Paatsalu_vallavalitsus, lk 23
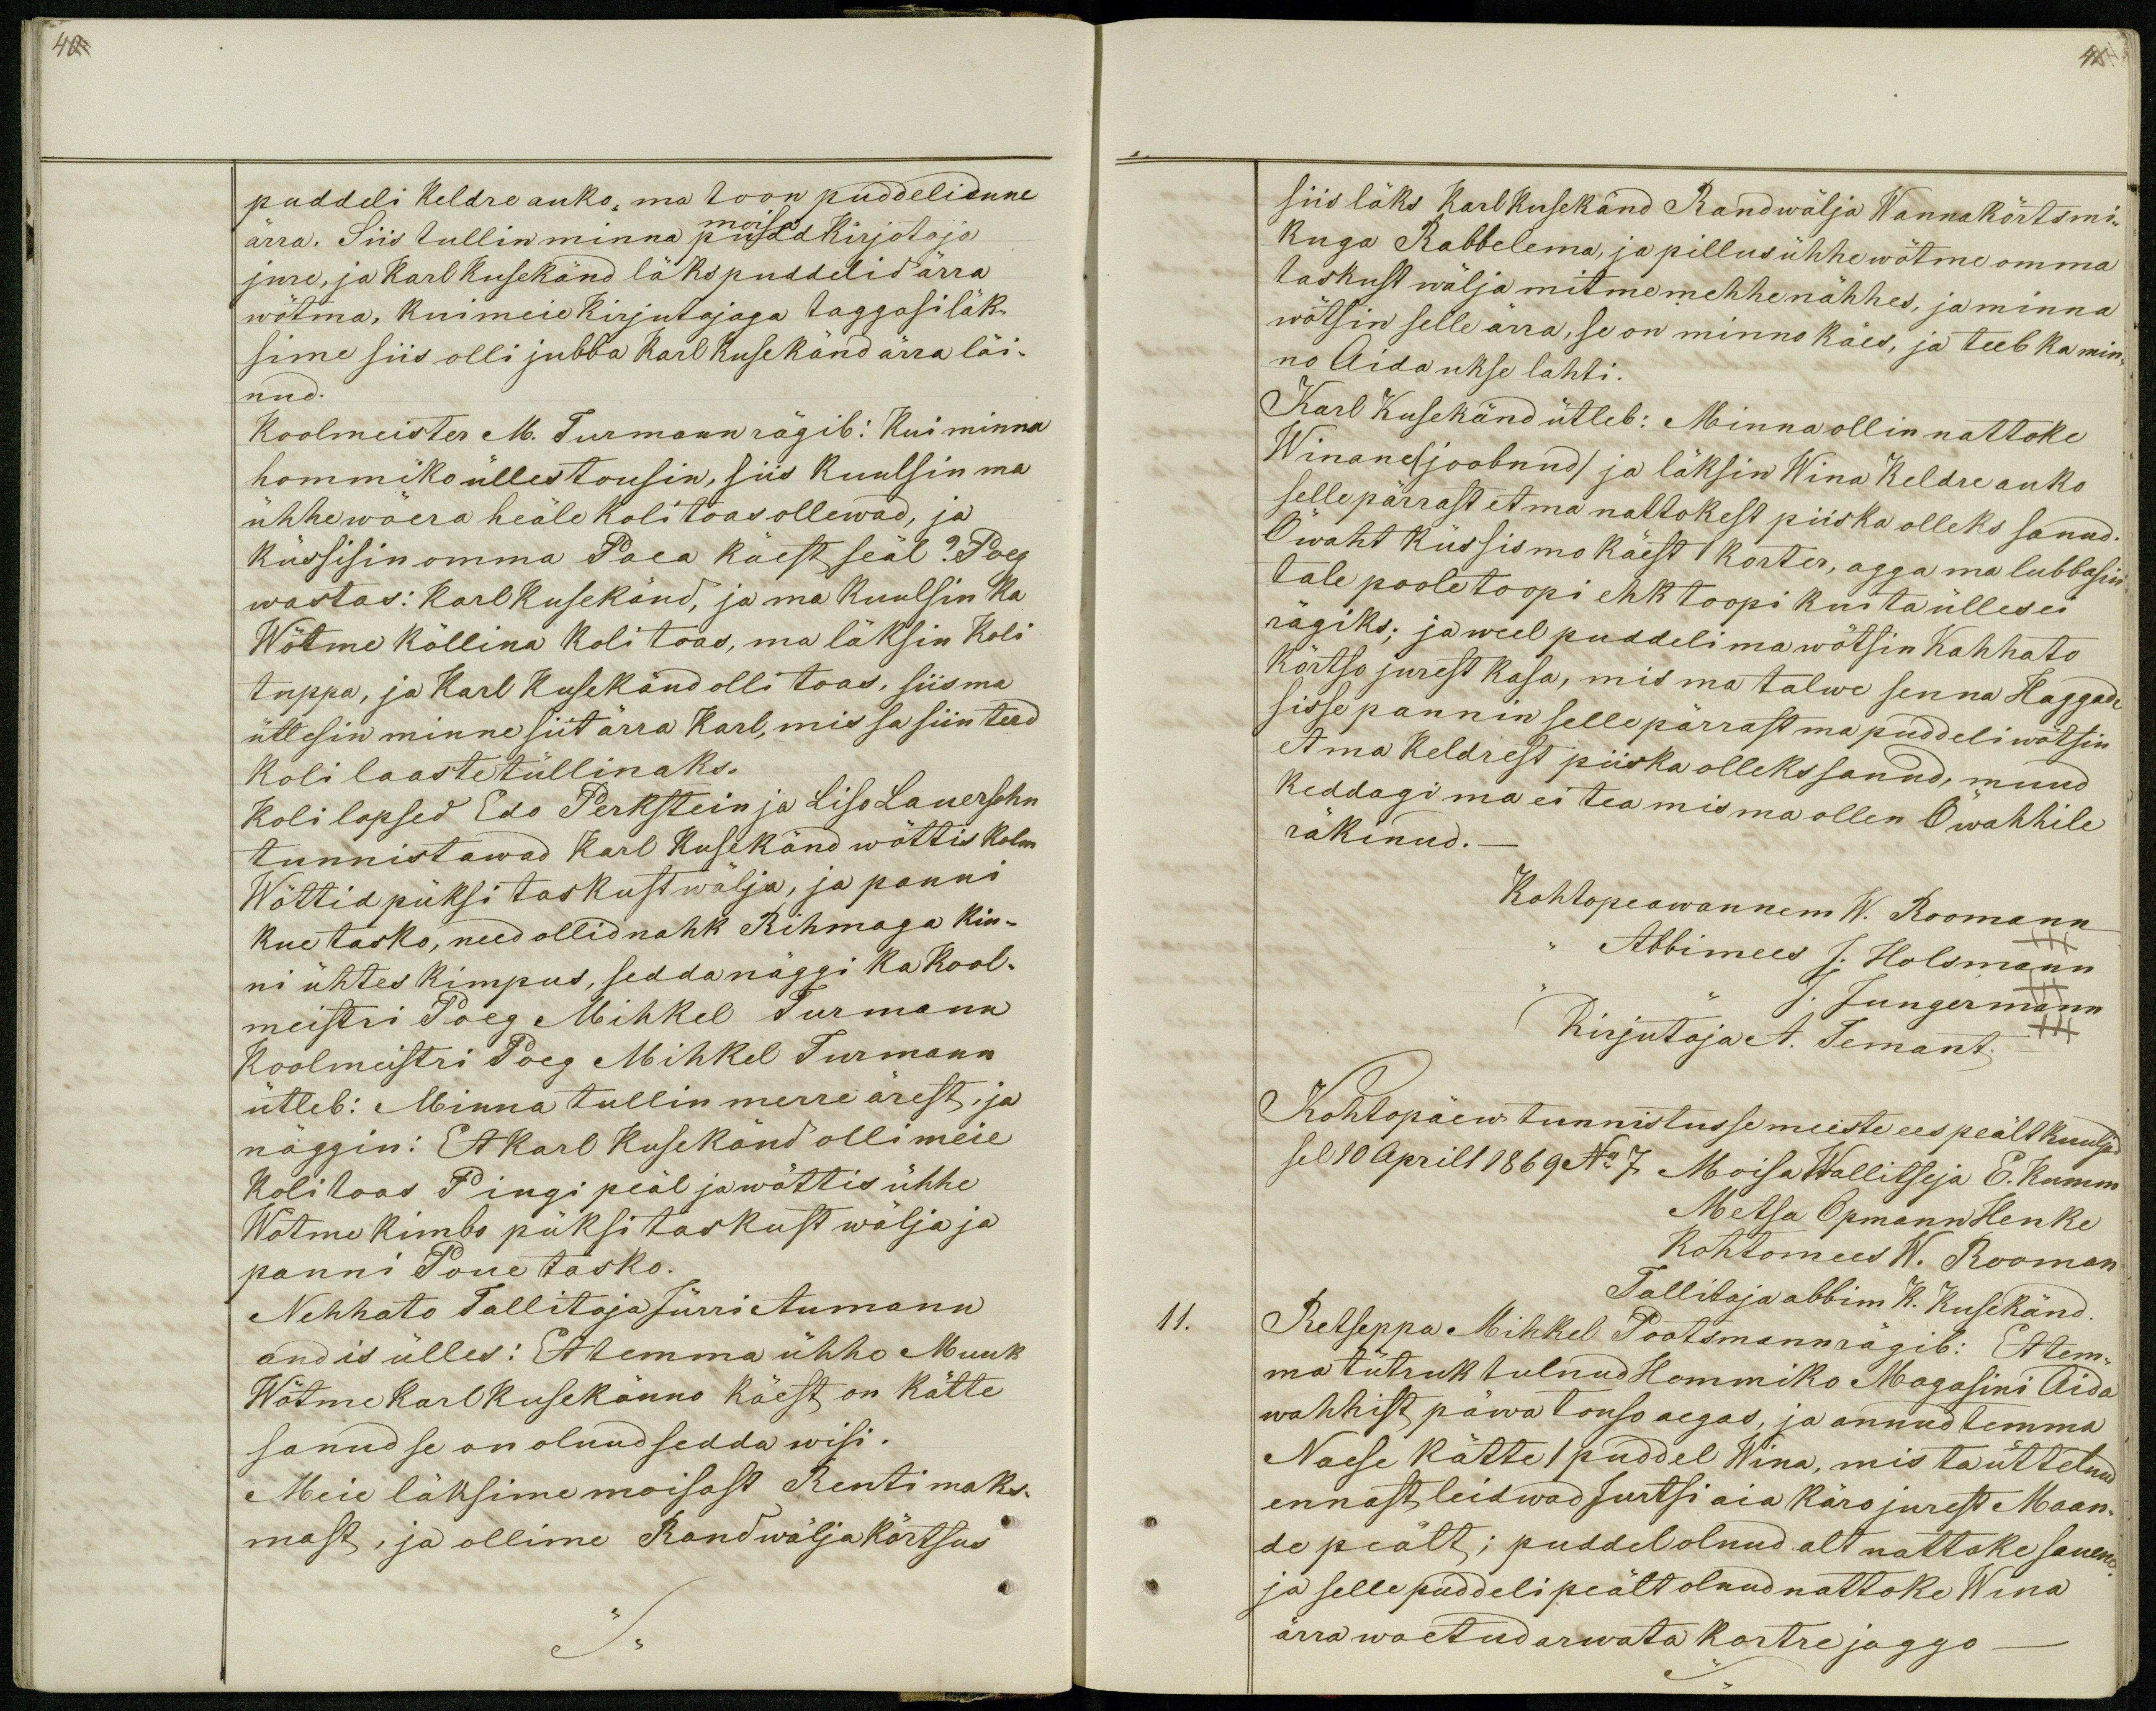
40

puddeli keldre auko, ma toon puddeli enne
moisa
ärra. Siis tullin minna pudd Kirjotaja
jure, ja Karl Kusekänd läks puddelid ärra
wõtma, kui meie Kirjutajaga taggasi läk-
sime siis olli jubba Karl Kusekand ärra läi-
nud.
Koolmeister M. Turmann rägib: Kui minna
hommiko ülles tousin, siis kuulsin ma
ühhe wõera heäle koli toas ollewad, ja
küssisin omma Poea käest seäl? Poeg
wastas: Karl Kusekänd, ja ma kuulsin ka
Wõtme kõllina koli toas, ma läksin Koli
tuppa, ja Karl Kusekänd olli toas, siis ma
ütlesin minne siit ärra Karl, mis sa siin teed
koli laaste tüllinaks.
Koli lapsed Edo Perkstein ja Liso Lauersohn
tunnistawad Karl Kusekänd wõttis kolm
Wõttid püksi taskust wälja, ja panni
kue tasko, need ollid nahk Rihmaga kin-
ni ühtes kimpus, sedda näggi ka Kool-
meistri Poeg Mihkel Turmann
Koolmeistri Poeg Mihkel Turmann
ütleb: Minna tullin merre ärest, ja
näggin: Et Karl Kusekond olli meie
Kolitoas Pingi peäl ja wõttis ühhe
Wõtme kimbo püksi taskust wälja ja
panni Poue tasko.
Nehhato Tallitaja Jürri Aumann
andis ülles: Et temma ühho Muuk
Wõtme Karl Kusekänno käest on kätte
sanud se on olnud sedda wisi.
Meie läksime moisast Renti maks-
mast, ja ollime Randwälja Kõrtsus

41
siis läks Karl Kusekänd Randwälja Wannakõrtsmi-
kuga Rabbelema, ja pillus ühhe wõtme omma
taskust wälja mitme mehhe nähhes, ja minna
wõtsin selle ärra, se on minno käes, ja teeb ka min-
no Aidaukse lahti.
Karl Kusekänd ütleb: Minna ollin nattoke
Winane (joobnud) ja läksin Wina Keldre auko
selle pärrast et ma nattokest piiska olleks sanud.
Öwaht küssis mo käest 1 korter, agga ma lubbasin
tale poole toopi ehk toopi kui ta ülles ei
rägiks; ja weel puddeli ma wõtsin Kahhato
kõrtso jurest kasa, mis ma talwe senna Haggade
sisse pannin selle pärrast ma puddeli wõtsin
et ma Keldrest piiska olleks sanud, muud
keddagi ma ei tea mis ma ollen Öwahhile
räkinud._
Kohtopeawannem W. Roomann
Abbimees J. Holsmann
J. Jungermann +++
Kirjutaja A. Temant
Kohtopäew tunnistusse meeste ees peält kuuljad
sel 10 Aprill 1869 No 7 Moisa Wallitseja E. Kumm
Metsa Opmann Henke
Kohtomees W. Roomann
Tallitaja abbim K. Kusekänd.
11.
Retseppa Mihkel Pootsmann rägib: Et tem-
ma tütruk tulnud Hommiko Magasini Aida
wahhist päwa touso aegas, ja annud temma
Naese kätte 1 puddel Wina, mis ta üttelnud
ennast leidwad Jurtsi aia  käro jurest Maan-
de peält; puddel olnud alt nattoke sauene
ja selle pudeli peält olnud nattoke Wina
ärra woetud arwata kortre jaggo_